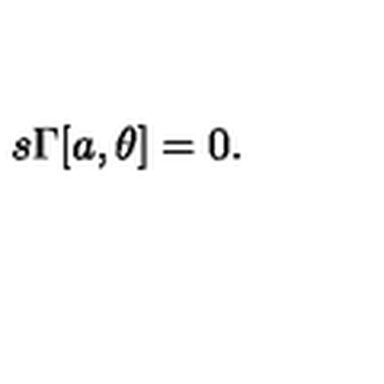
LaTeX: s \Gamma [ a , \theta ] = 0 .